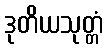
ဒုတိယသုတ္တံ